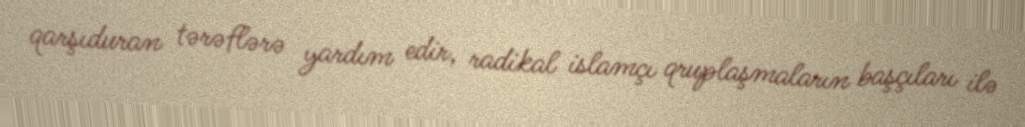
qarşıduran tərəflərə yardım edir, radikal islamçı qruplaşmaların başçıları ilə